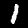
Digit: 1